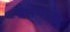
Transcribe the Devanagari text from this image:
बलभद्रक